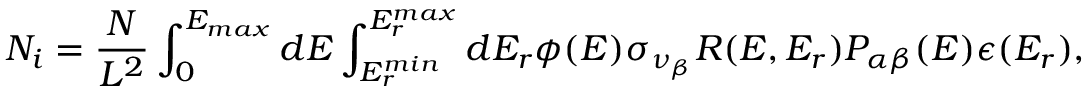
N _ { i } = \frac { N } { L ^ { 2 } } \int _ { 0 } ^ { E _ { m a x } } d E \int _ { E _ { r } ^ { m i n } } ^ { E _ { r } ^ { m a x } } d E _ { r } \phi ( E ) \sigma _ { \nu _ { \beta } } R ( E , E _ { r } ) P _ { \alpha \beta } ( E ) \epsilon ( E _ { r } ) ,